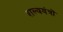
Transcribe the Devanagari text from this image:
शल्ययंत्रों